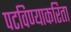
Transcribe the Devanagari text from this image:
पटविण्याकरिता